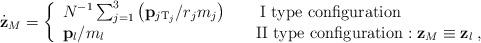
LaTeX: \begin{align*}\dot{\bf z}_{M} = \left\{\begin{array} {ll}N^{-1} \sum_{j=1}^3 \left( {\bf p}_{j {\rm T}_j}/r_j m_j \right)\qquad \mbox{I type configuration}& \\{\bf p}_{l}/m_l \qquad \qquad\qquad \qquad \quad \mbox{ II type configuration}:{\bf z}_M\equiv{\bf z}_l \> ,\end{array} \right.\end{align*}